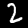
Label: 2